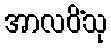
အာလပိံသု